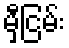
မှီငြမ်း